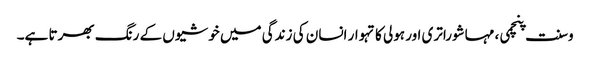
وسنت پنچمی، مہاشوراتری اور ہولی کا تہوار انسان کی زندگی میں خوشیوں کے رنگ بھرتا ہے۔